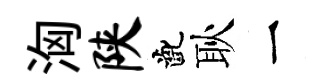
洶陕齔耿一